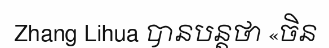
Zhang Lihua បានបន្តថា «ចិន